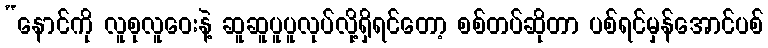
“နောင်ကို လူစုလူဝေးနဲ့ ဆူဆူပူပူလုပ်လို့ရှိရင်တော့ စစ်တပ်ဆိုတာ ပစ်ရင်မှန်အောင်ပစ်